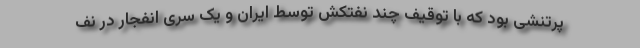
پرتنشی بود که با توقیف چند نفتکش توسط ایران و یک سری انفجار در نف